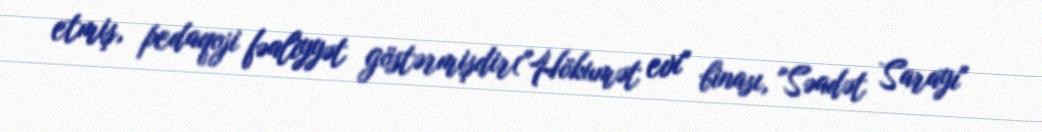
etmiş, pedaqoji fəaliyyət göstərmişdir("Hökumət evi" binası, "Səadət Sarayı"